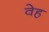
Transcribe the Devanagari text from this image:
वेह